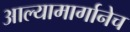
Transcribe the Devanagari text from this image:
आल्यामार्गानेच